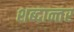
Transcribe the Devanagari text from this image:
शब्दान्तर